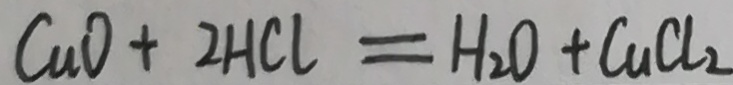
C u O + 2 H C l = H _ { 2 } O + C u C l _ { 2 }